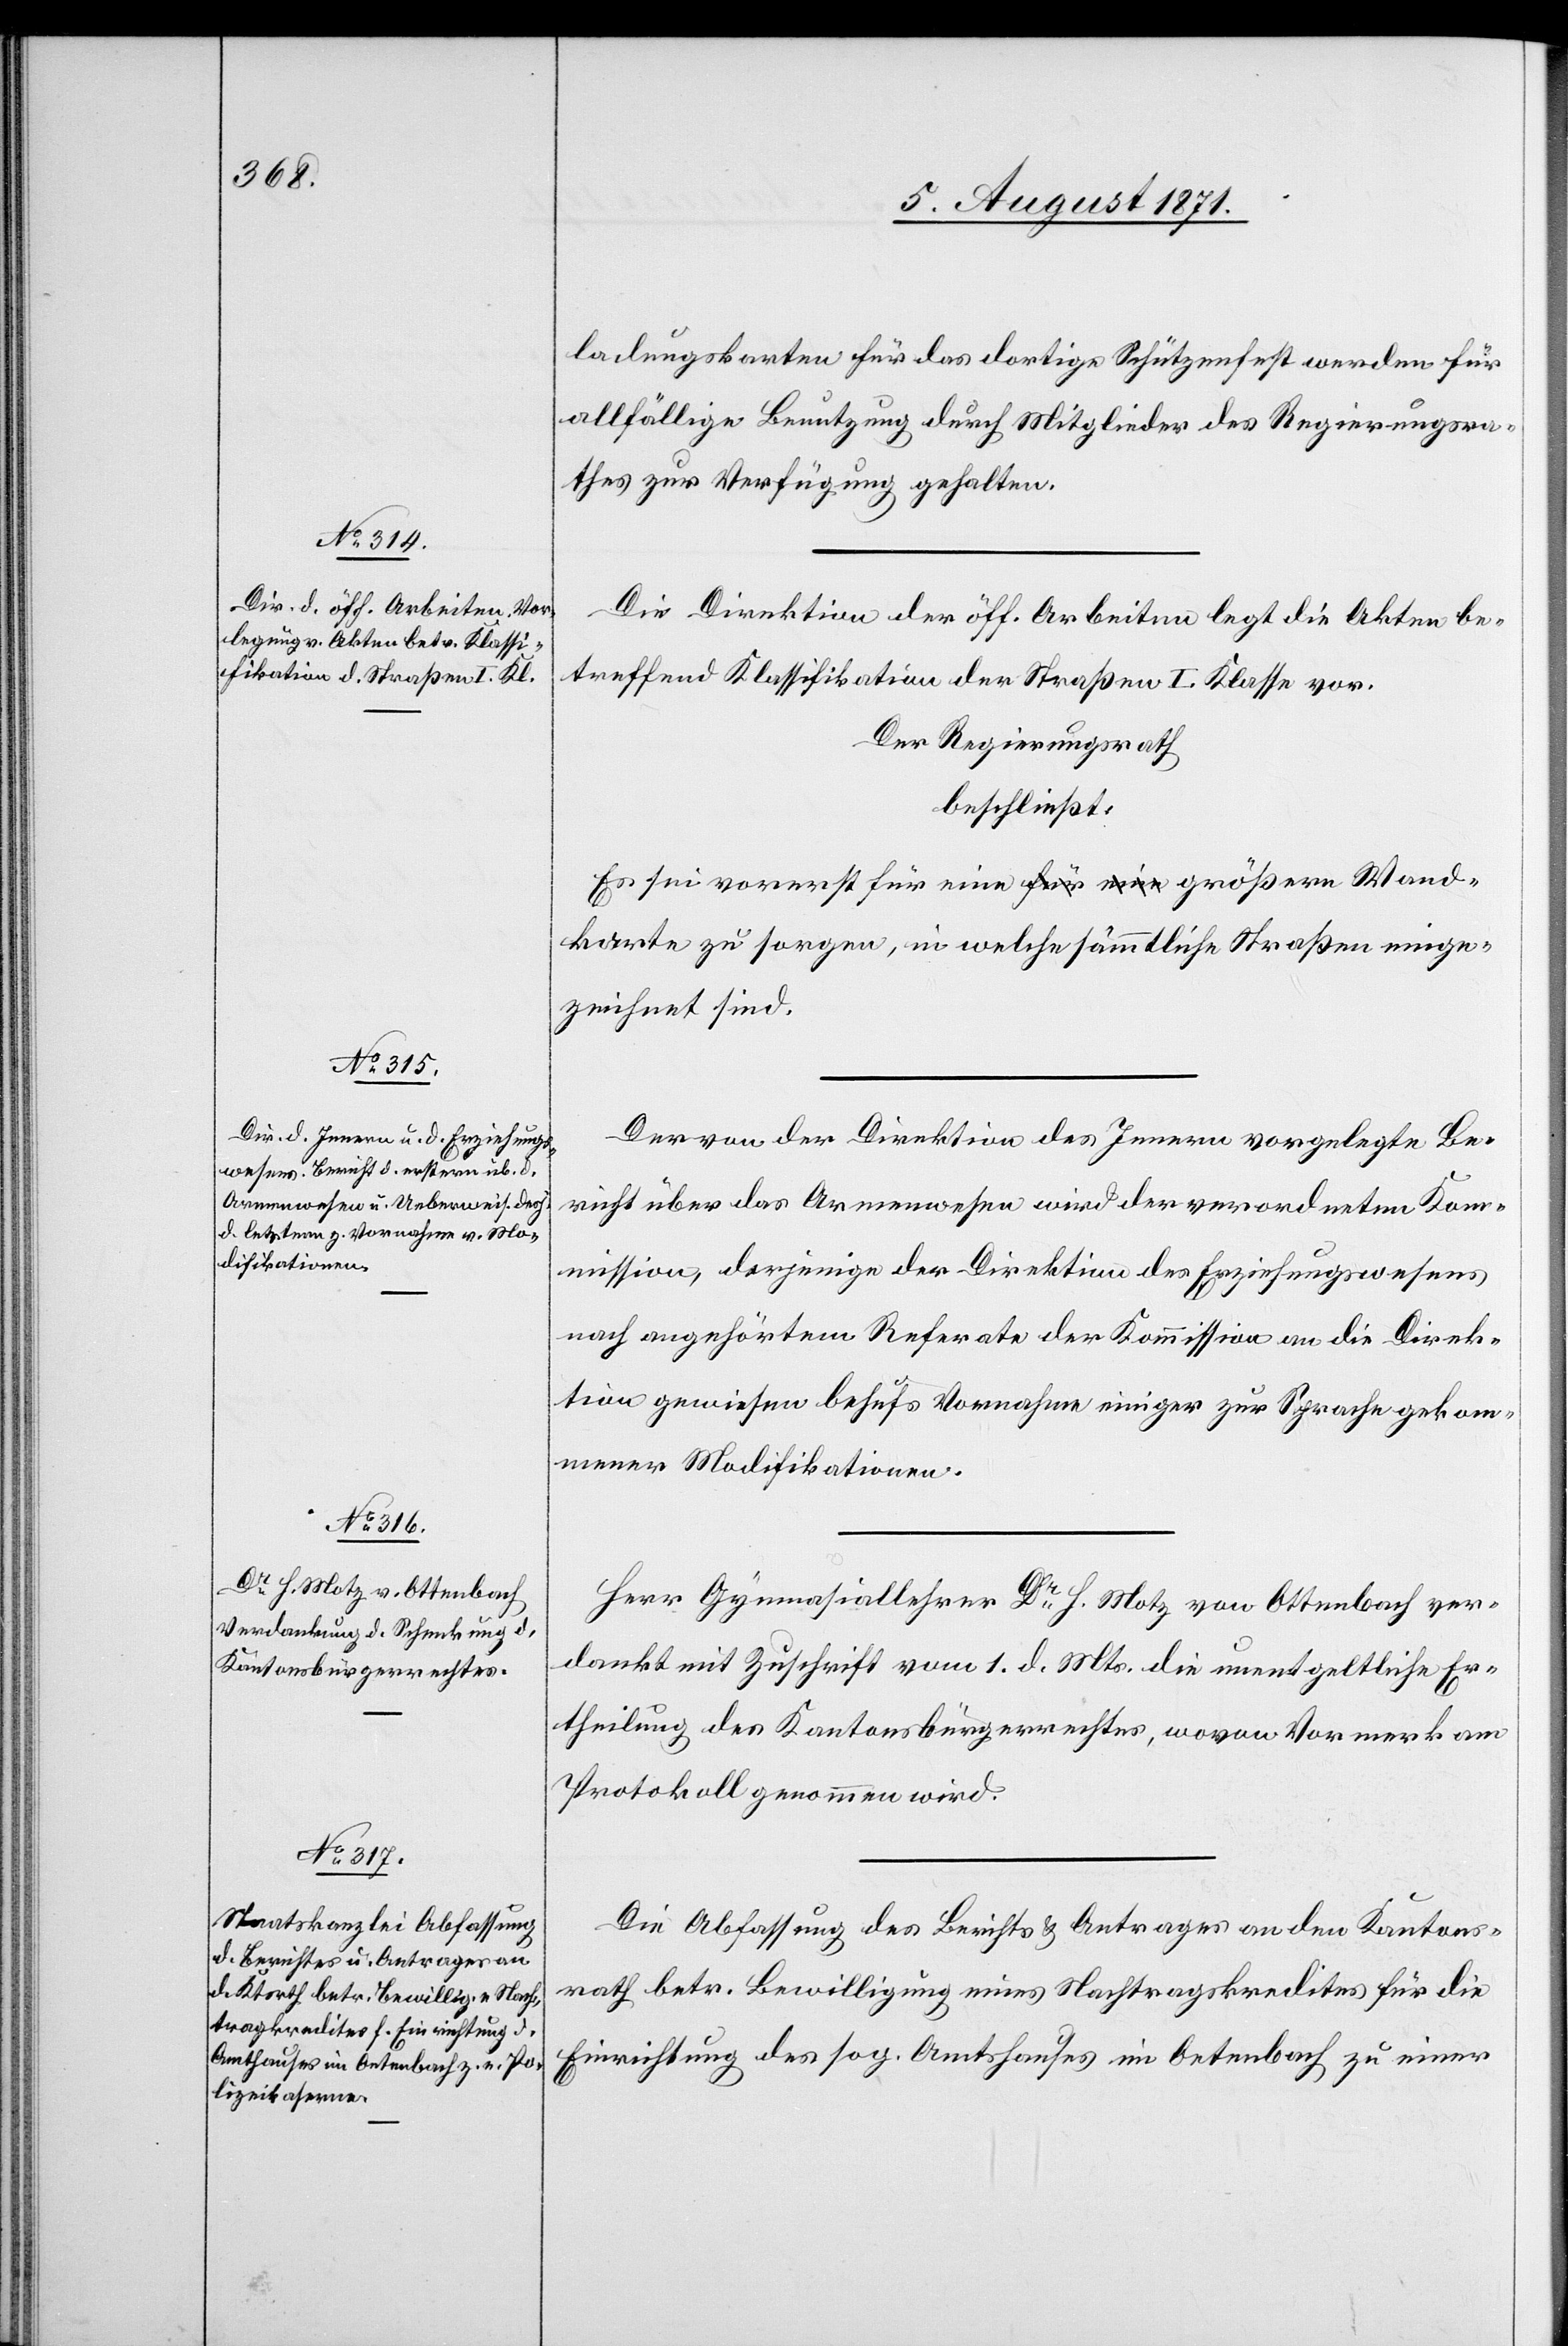
ladungskarten für das dortige Schützenfest werden für
allfällige Benutzung durch Mitglieder des Regierungsra¬
thes zur Verfügung gehalten.
Die Direktion der öff. Arbeiten legt die Akten be¬
treffend Klassifikation der Straßen I. Klasse vor.
Der Regierungsrath
beschließt:
Es sei vorerst für eine größere Wandkarte zu sorgen, in
eingezeichnet sind.
Der von der Direktion des Innern vorgelegte Be¬
richt über das Armenwesen wird der verordneten Ko¬
mmission, derjenige der Direktion des Erziehungswesens
nach angehörtem Referate der Kommission an die Direk¬
tion gewiesen behufs Vornahme einiger zur Sprache gekom¬
mener Modifikationen.
Herr Gymnasiallehrer Dr. H. Motz von Ottenbach ver¬
dankt mit Zuschrift vom 1. d. Mts. die unentgeltliche Er¬
theilung des Kantonsbürgerrechtes, wovon Vormerk am
Protokoll genommen wird.
Die Abfassung des Berichts u. Antrages an den Kantons¬
rath betr. Bewilligung eines Nachtragskredites für die
Einrichtung des sog. Amtshauses im Oetenbach zu einer